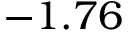
- 1 . 7 6